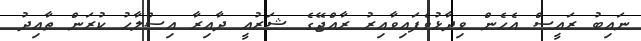
ނައިބު ރައީސް އެހެން ވިދާޅުވެފައިވާއިރު ރާއްޖޭގެ ޝަރުއީ ދާއިރާ އިސްލާހު ކުރަން ތާއިދު